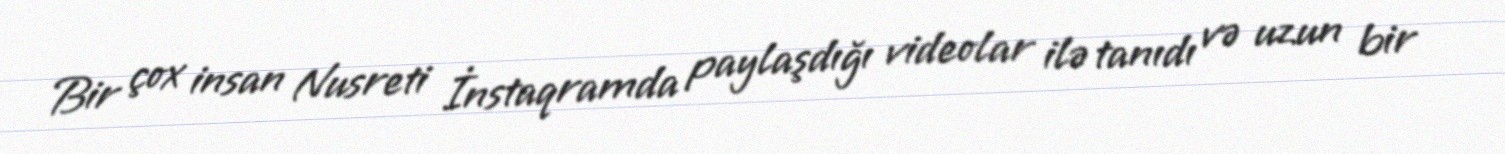
Bir çox insan Nusreti İnstaqramda paylaşdığı videolar ilə tanıdı və uzun bir